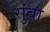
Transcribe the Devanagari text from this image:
सुंबा